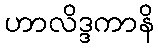
ဟာလိဒ္ဒကာနိ